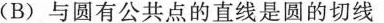
(B)与圆有公共点的直线是圆的切线相交